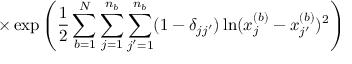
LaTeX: \times \exp \left( \frac { 1 } { 2 } \sum _ { b = 1 } ^ { N } \sum _ { j = 1 } ^ { n _ { b } } \sum _ { j ^ { \prime } = 1 } ^ { n _ { b } } ( 1 - \delta _ { j j ^ { \prime } } ) \ln ( x _ { j } ^ { ( b ) } - x _ { j ^ { \prime } } ^ { ( b ) } ) ^ { 2 } \right)